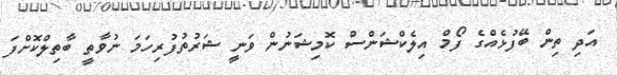
އަދި ތިން ބޭފުޅެއްގެ ފޯމް އިލެކްޝަންސް ކޮމިޝަނުން ވަނީ ޝަރުތުފުރިހަމަ ނުވާތީ ބާތިލްކޮށްފަ